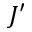
J ^ { \prime }